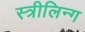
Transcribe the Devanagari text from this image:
स्त्रीलिन्ग